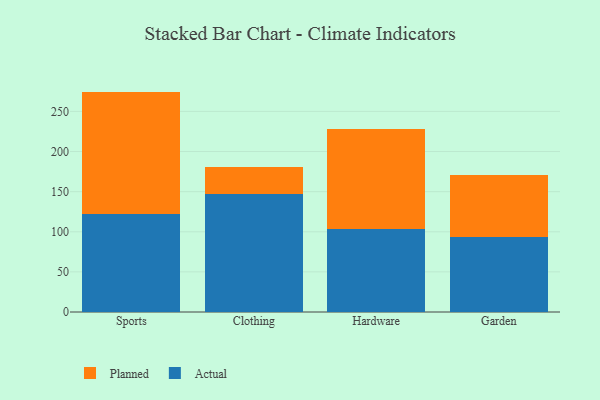
{"axis": {"x": "Category", "y": "Conversion Rate (%)"}, "legend": ["Actual", "Planned"], "data": [{"x": "Sports", "y": 121.8, "type": "Actual"}, {"x": "Sports", "y": 152.9, "type": "Planned"}, {"x": "Clothing", "y": 146.8, "type": "Actual"}, {"x": "Clothing", "y": 34.2, "type": "Planned"}, {"x": "Hardware", "y": 103.7, "type": "Actual"}, {"x": "Hardware", "y": 124.1, "type": "Planned"}, {"x": "Garden", "y": 93.8, "type": "Actual"}, {"x": "Garden", "y": 76.7, "type": "Planned"}]}